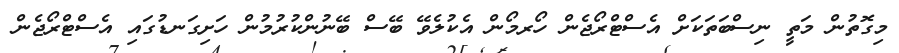
މިގޮތުން މަތީ ނިސްބަތަކަށް އެސްޓްރޯޖެން ހޯރމޯން އެކުލެވޭ ބޭސް ބޭނުންކުރުމުން ހަށިގަނޑުގައި އެސްޓްރޯޖެން